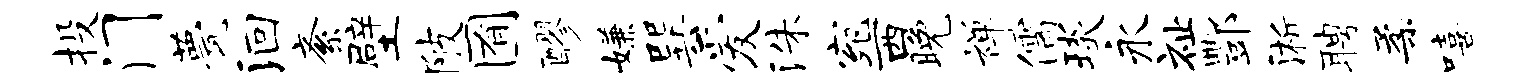
投门甍洄紊壁陂囿醪嫌巽爱洙宛西晚禅儒琰永祉酆淅聘柔嘻